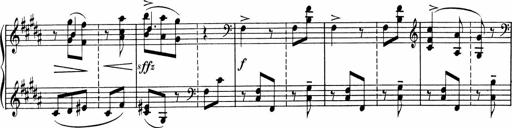
Title: Sonatine pour piano
Composer: Albert Roussel